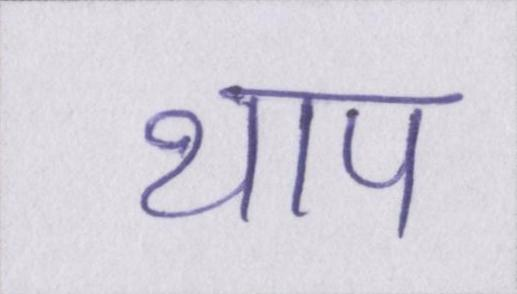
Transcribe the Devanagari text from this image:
थाप